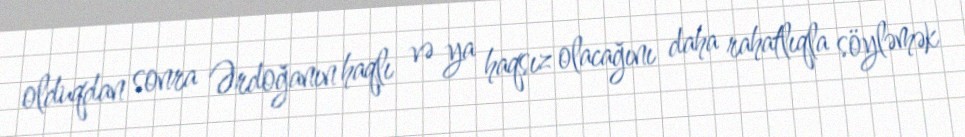
olduqdan sonra Ərdoğanın haqlı və ya haqsız olacağını daha rahatlıqla söyləmək